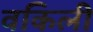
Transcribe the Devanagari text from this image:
वकिली